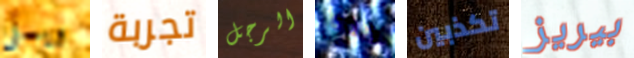
ويسلى تجربة الرجل هذه تكذبين بيريز